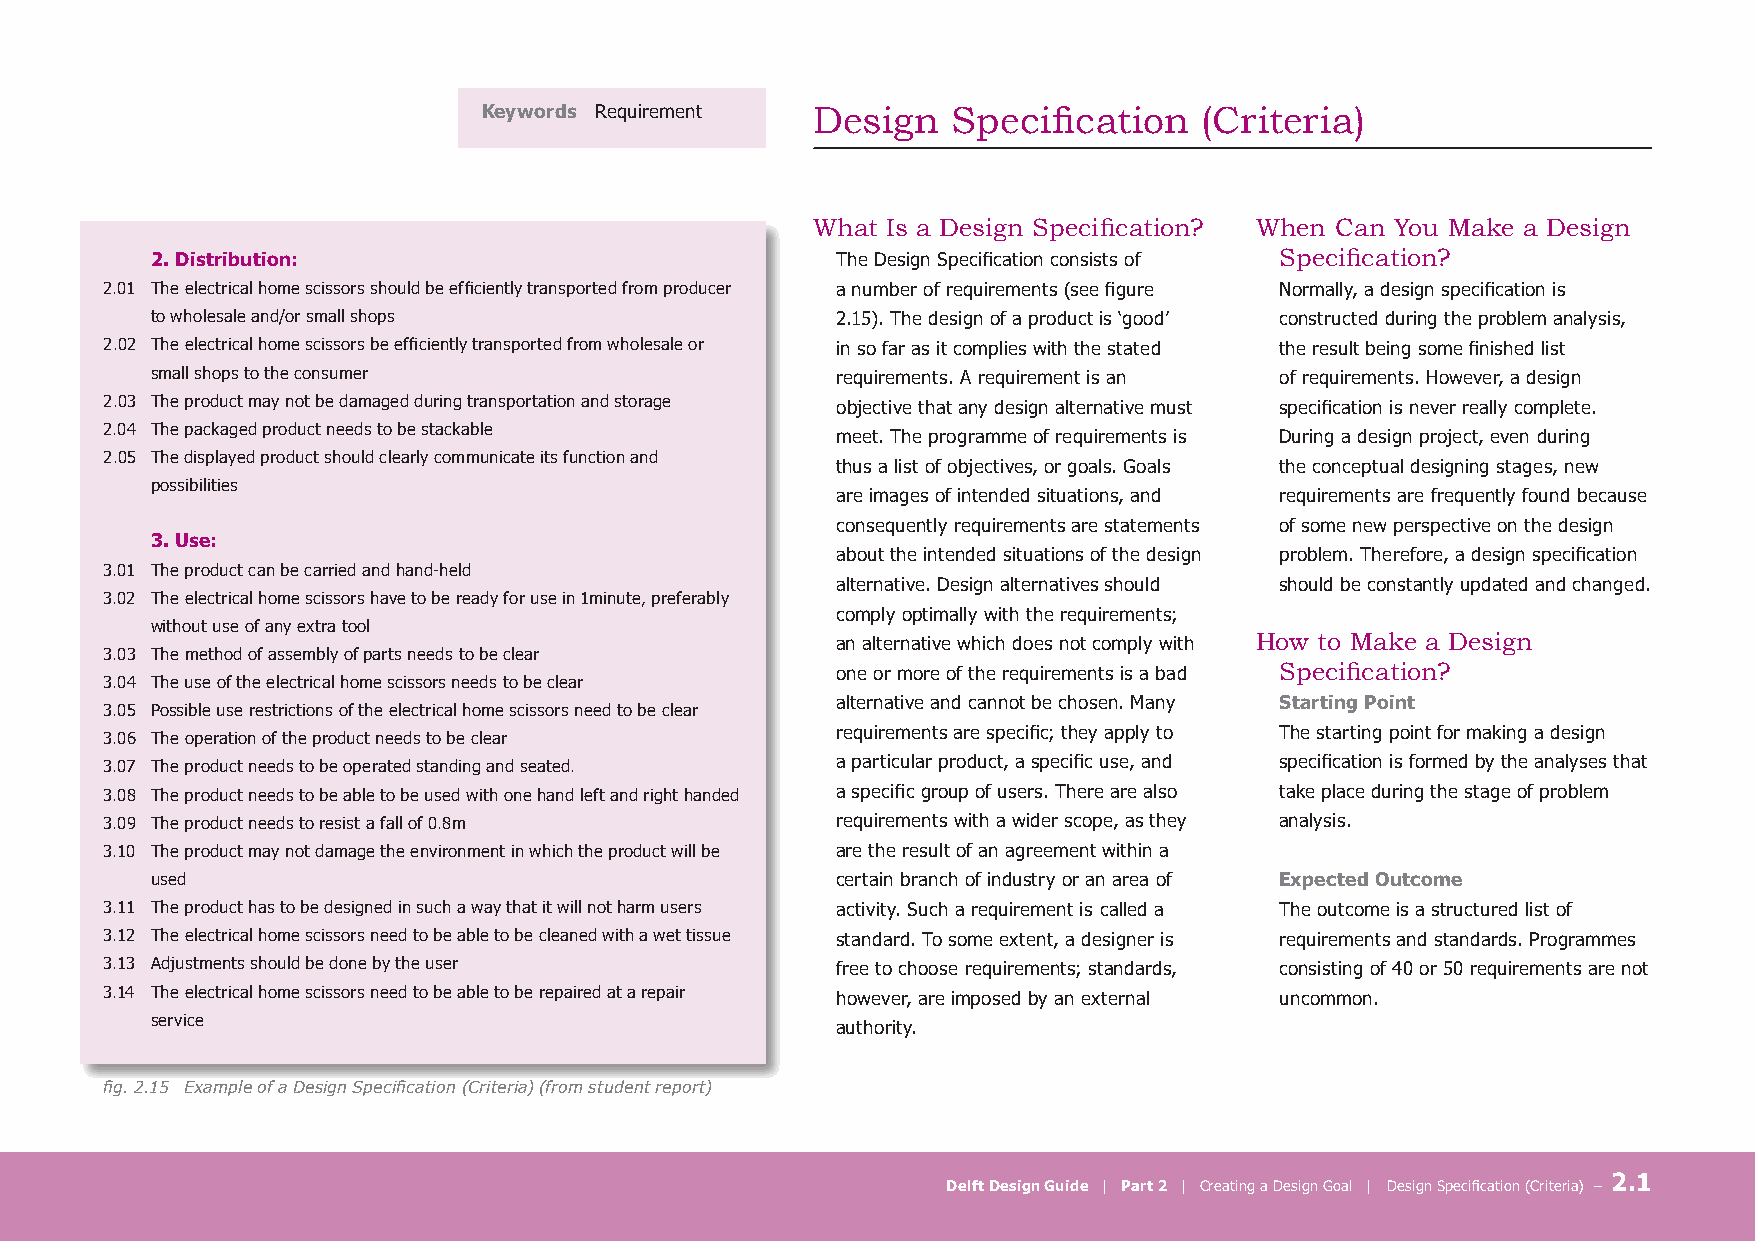
Keywords Requirement  Design   Specification   (Criteria)
 What Is a Design Specification? When Can You Make a Design
 2. Distribution:                             The Design Specification consists of Specification?
 2.01 The electrical home scissors should be efficiently transported from producer a number of requirements (see figure Normally, a design specification is
 to wholesale and/or small shops              2.15). The design of a product is ‘good’ constructed during the problem analysis,
 2.02 The electrical home scissors be efficiently transported from wholesale or in so far as it complies with the stated the result being some finished list
 small shops to the consumer                  requirements. A requirement is an of requirements. However, a design
 2.03 The product may not be damaged during transportation and storage objective that any design alternative must specification is never really complete.
 2.04 The packaged product needs to be stackable
 meet. The programme of requirements is During a design project, even during
 2.05 The displayed product should clearly communicate its function and
 thus a list of objectives, or goals. Goals the conceptual designing stages, new
 possibilities
 are images of intended situations, and requirements are frequently found because
 consequently requirements are statements of some new perspective on the design
 3. Use:
 about the intended situations of the design problem. Therefore, a design specification
 3.01 The product can be carried and hand-held
 alternative. Design alternatives should should be constantly updated and changed.
 3.02 The electrical home scissors have to be ready for use in 1minute, preferably
 comply optimally with the requirements;
 without use of any extra tool
 an alternative which does not comply with How to Make a Design
 3.03 The method of assembly of parts needs to be clear
 one or more of the requirements is a bad Specification?
 3.04 The use of the electrical home scissors needs to be clear
 alternative and cannot be chosen. Many Starting Point
 3.05 Possible use restrictions of the electrical home scissors need to be clear
 requirements are specific; they apply to The starting point for making a design
 3.06 The operation of the product needs to be clear
 3.07 The product needs to be operated standing and seated. a particular product, a specific use, and specification is formed by the analyses that
 3.08 The product needs to be able to be used with one hand left and right handed a specific group of users. There are also take place during the stage of problem
 3.09 The product needs to resist a fall of 0.8m requirements with a wider scope, as they analysis.
 3.10 The product may not damage the environment in which the product will be are the result of an agreement within a
 used                                         certain branch of industry or an area of Expected Outcome
 3.11 The product has to be designed in such a way that it will not harm users activity. Such a requirement is called a The outcome is a structured list of
 3.12 The electrical home scissors need to be able to be cleaned with a wet tissue standard. To some extent, a designer is requirements and standards. Programmes
 3.13 Adjustments should be done by the user     free to choose requirements; standards, consisting of 40 or 50 requirements are not
 3.14 The electrical home scissors need to be able to be repaired at a repair however, are imposed by an external uncommon.
 service
 authority.
 fig. 2.15 Example of a Design Specification (Criteria) (from student report)
 2.1
 Delft Design Guide | Part 2 | Creating a Design Goal | Design Specification (Criteria) –